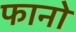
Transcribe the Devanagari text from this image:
फानो